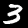
Digit: 3